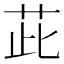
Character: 茈